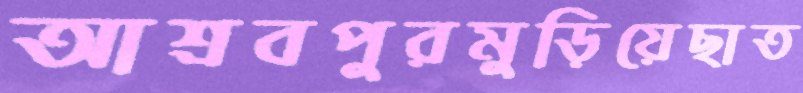
আশ্রবপুরমুড়িয়েছাত